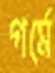
গর্মে